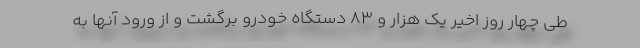
طی چهار روز اخیر یک هزار و ۸۳ دستگاه خودرو برگشت و از ورود آنها به